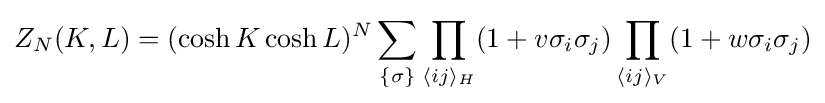
Z_{N}(K,L)=(\cosh K\cosh L)^{N}\sum _{\{\sigma \}}\prod _{\langle ij\rangle _{H}}(1+v\sigma _{i}\sigma _{j})\prod _{\langle ij\rangle _{V}}(1+w\sigma _{i}\sigma _{j})